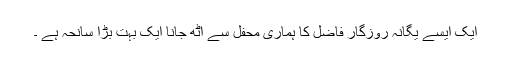
ایک ایسے یگانہ روزگار فاضل کا ہماری محفل سے اٹھ جانا ایک بہت بڑا سانحہ ہے ۔